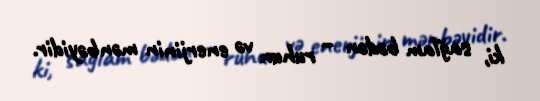
ki, sağlam bədən – ruhun və enerjinin mənbəyidir.